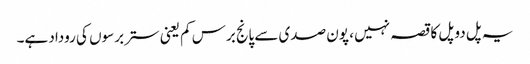
یہ پل دو پل کا قصہ نہیں ، پون صدی سے پانج برس کم یعنی ستر برسوں کی روداد ہے۔